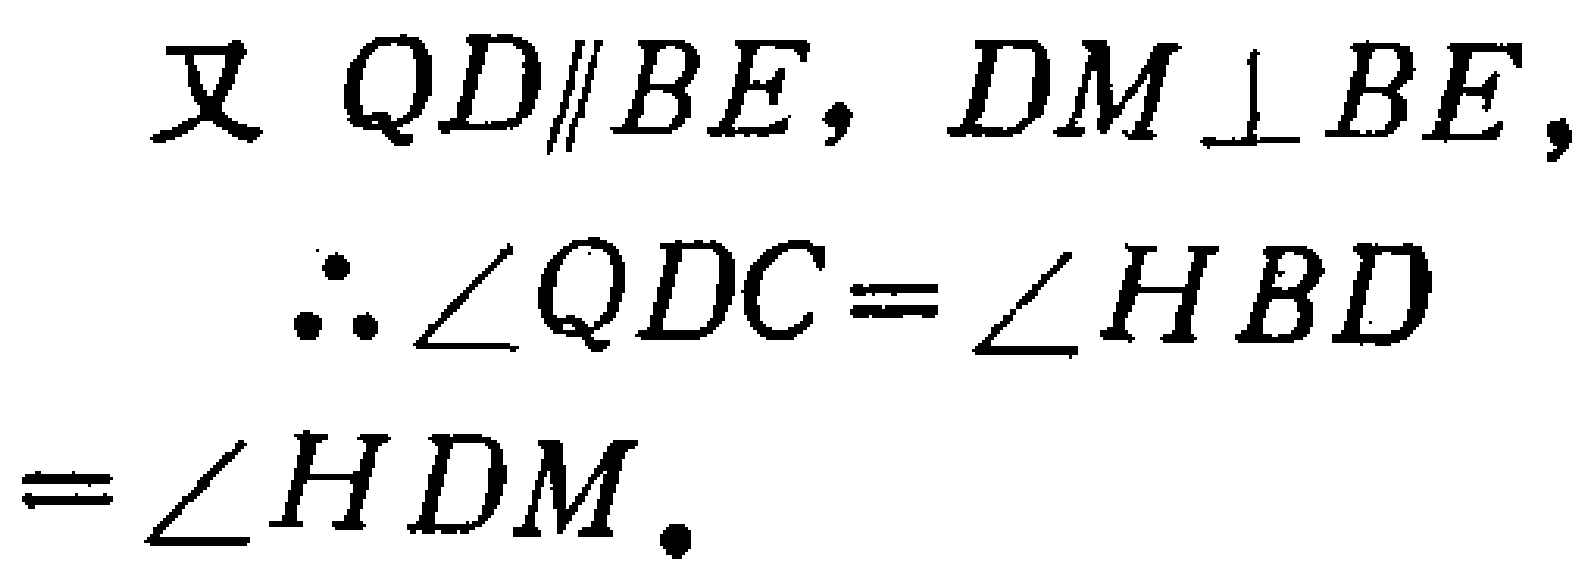
又 \(QD\parallel BE\)，\(DM\perp BE\)，
\(\therefore \angle QDC = \angle HBD\)
\(= \angle HDM\).